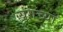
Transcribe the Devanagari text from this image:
यंगच्या